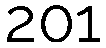
201